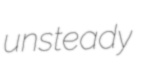
unsteady